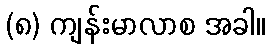
(၈) ကျန်းမာလာစ အခါ။